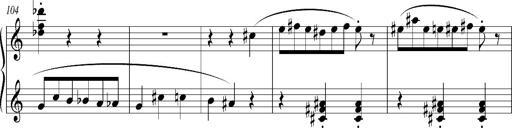
Title: Bagatelle sans tonalitÃ©
Composer: Franz Liszt